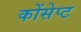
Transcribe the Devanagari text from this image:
कोंसेप्ट